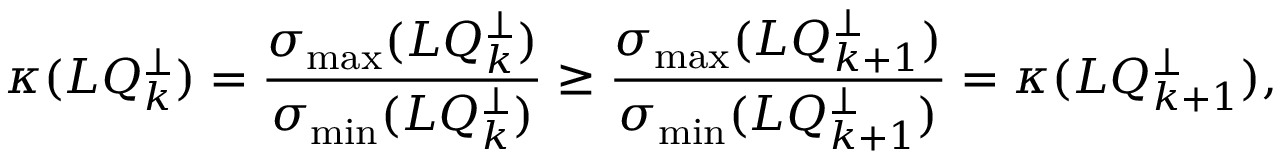
\kappa ( L Q _ { k } ^ { \perp } ) = \frac { \sigma _ { \operatorname* { m a x } } ( L Q _ { k } ^ { \perp } ) } { \sigma _ { \operatorname* { m i n } } ( L Q _ { k } ^ { \perp } ) } \geq \frac { \sigma _ { \operatorname* { m a x } } ( L Q _ { k + 1 } ^ { \perp } ) } { \sigma _ { \operatorname* { m i n } } ( L Q _ { k + 1 } ^ { \perp } ) } = \kappa ( L Q _ { k + 1 } ^ { \perp } ) ,